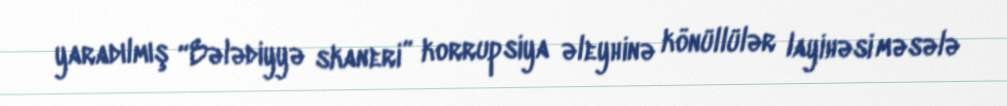
yaradılmış “Bələdiyyə skaneri” korrupsiya əleyhinə könüllülər layihəsi məsələ